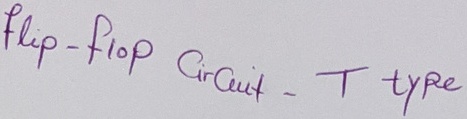
Text: flip-flop Circuit -T type